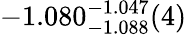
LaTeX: -1.080_{-1.088}^{-1.047}(4)